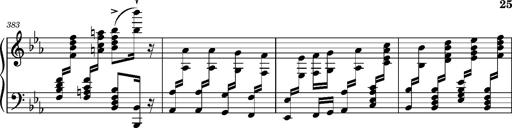
Title: Magyar rapszÃ³diÃ¡k
Composer: Franz Liszt